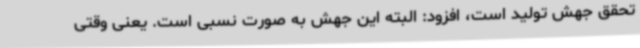
تحقق جهش تولید است، افزود: البته این جهش به صورت نسبی است. یعنی وقتی